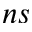
n s